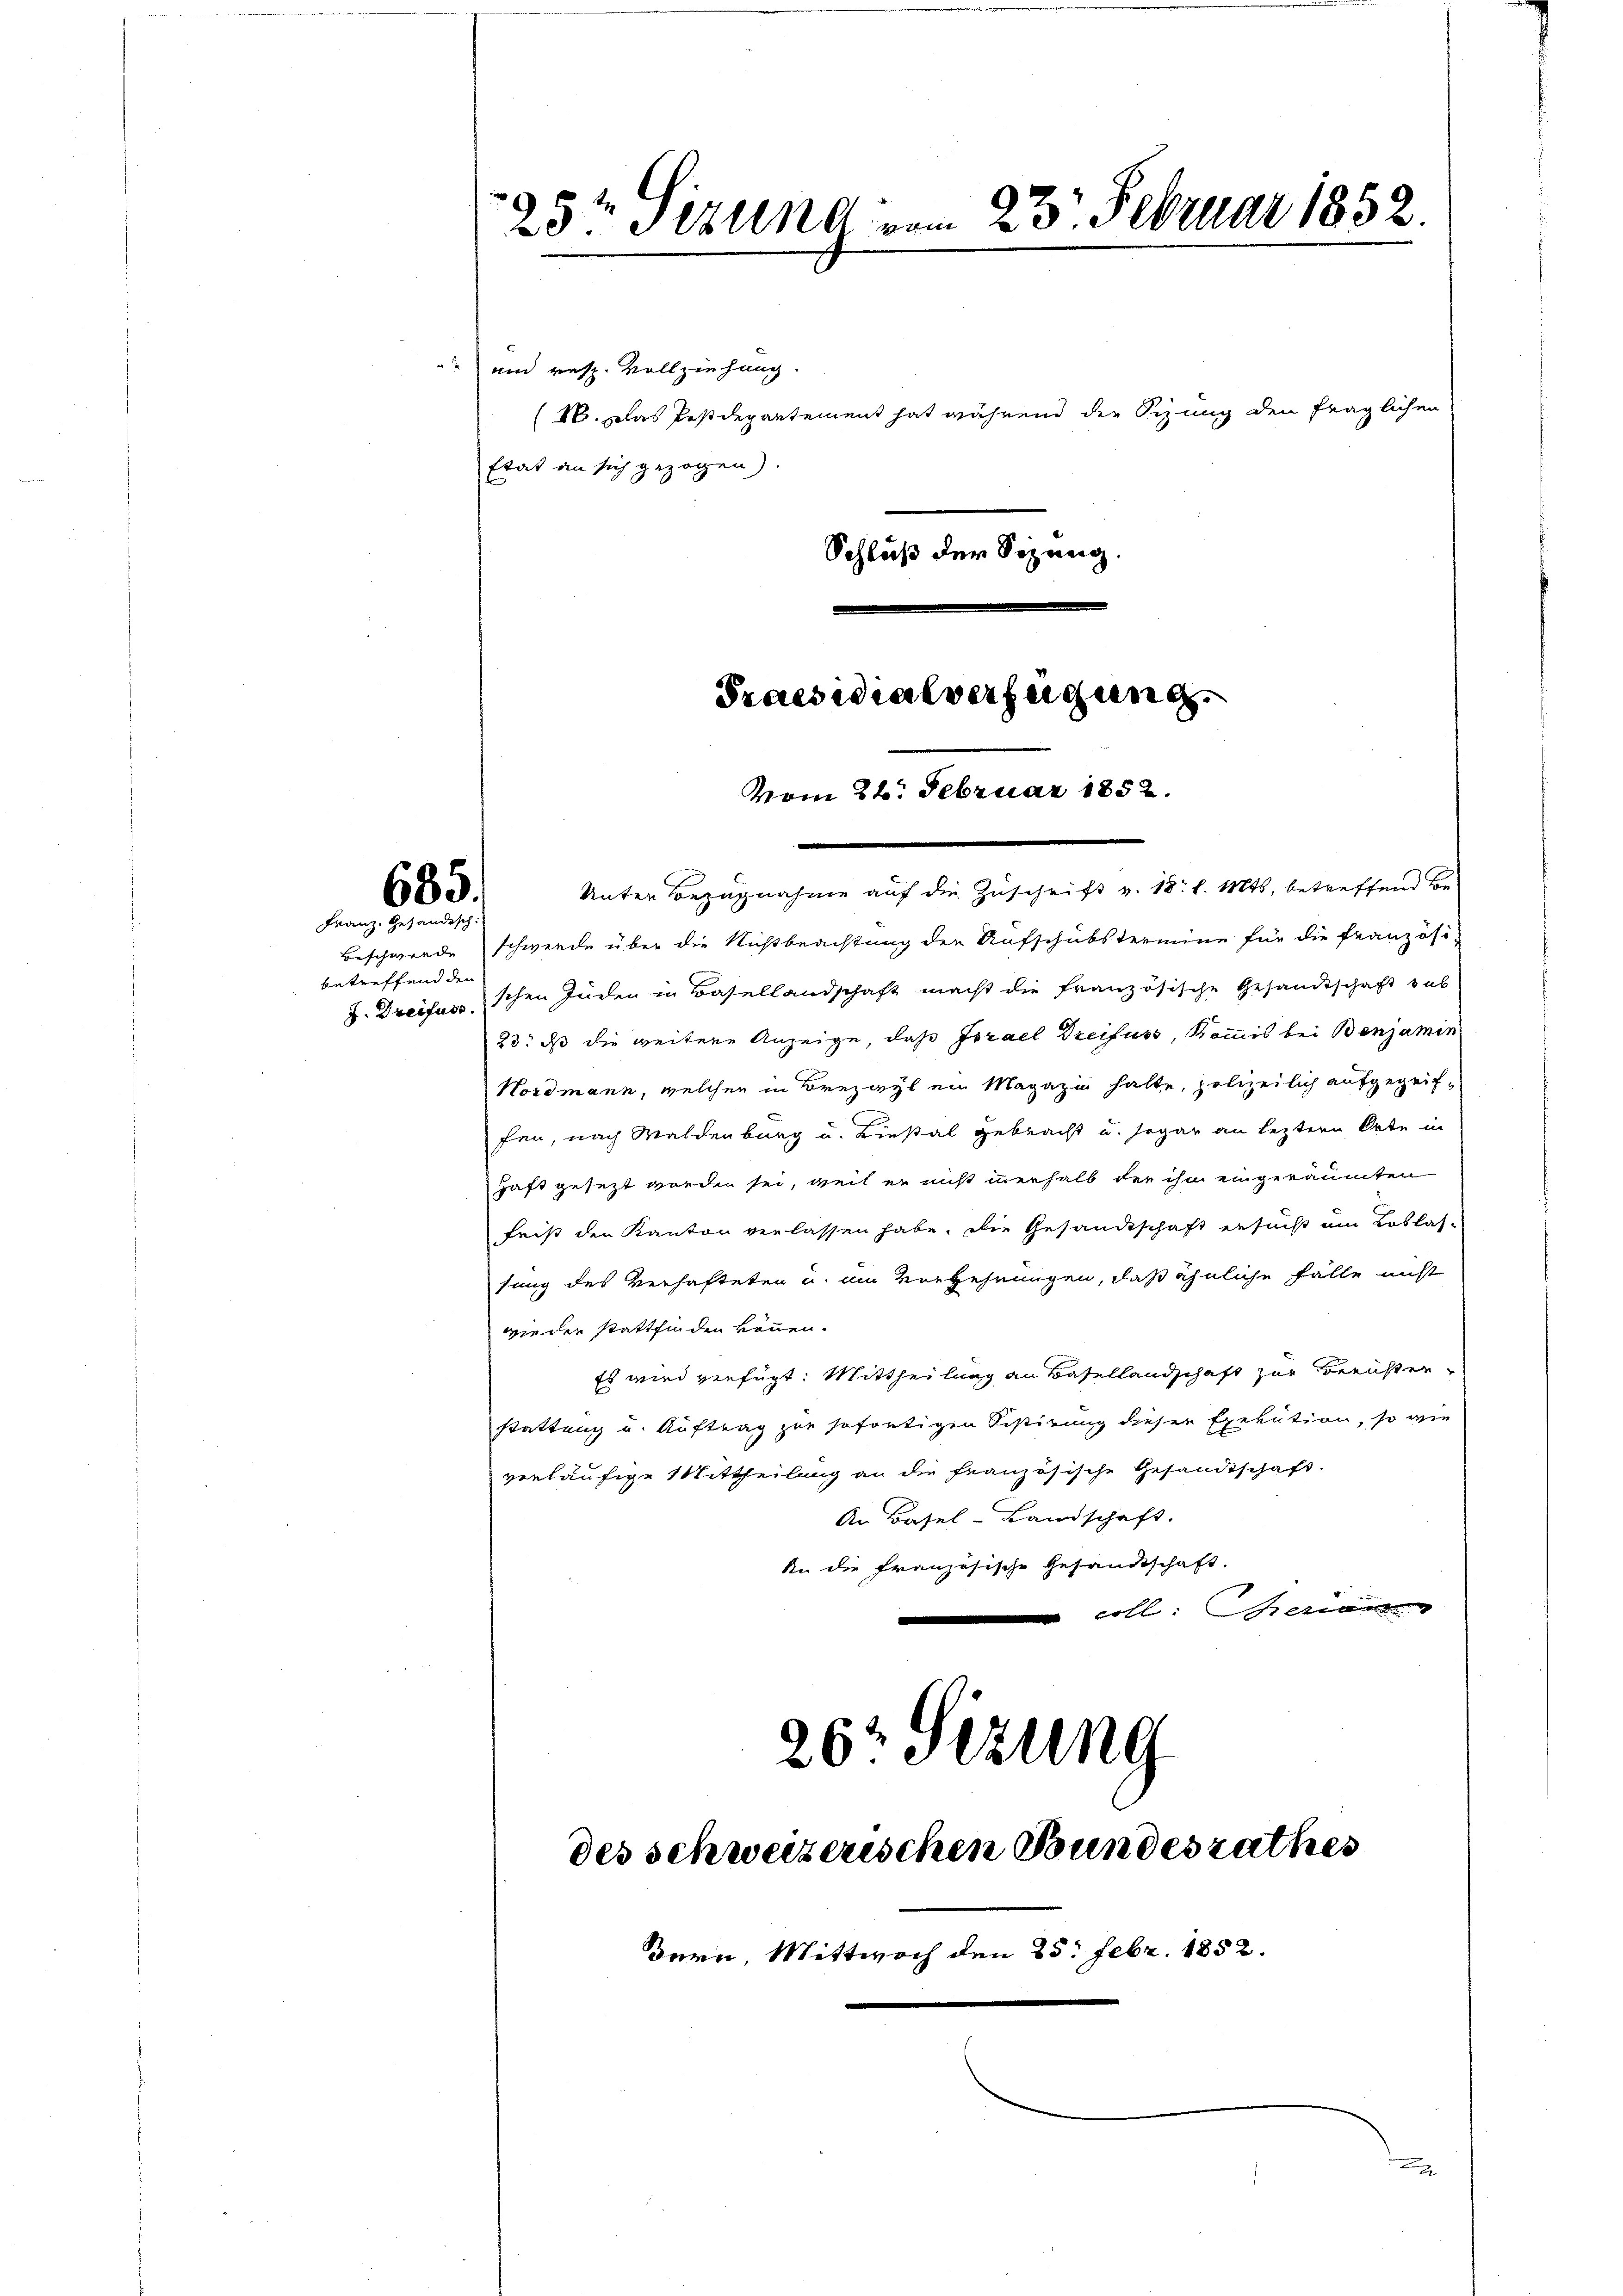
635.
Franz. Gesändisch.

betreffend den

" und resp. Vollziehung.
Etat an sich gezogen).

23t Sizung vom 23. Februar 1852.

(16. Das Postdepartement hat während der Sizung den fraglichen
Schluß der Sizang.
Praesidialverfügung.
vom 26. Februar 1852.

Unter Bezugnahme auf die Zuschrift v. 18. l. Mts. betreffend be
Beschwerde schwerde über die Nichtbeachtung der Aufschubstermine für die französi-
. Dreifusschen Juden in Basellandschaft macht die französische Gesandtschaft sub
23. ds die weitere Anzeige, daß Israel Dreifuss, Kommis bei Benjamin
Nordmann, welcher in Brezayl ein Magazin halte, polizeilich aufgegriffen, nach Waldenburg u. Liestal gebracht u. sogar an leztere Orte in
haft gesezt worden sei, weil er nicht merhalb der ihn eingeräumten
frist den Kanton verlassen habe. Die Gesandtschaft ersucht um Loslas-
sung des Verhafteten u. im Verzehrungen, daß ähnliche Fälle nicht
wieder stattfinden können.
Es wird verfügt: Mittheilung an Basellandschaft zur Bernster-
stattung u. Auftrag zur sofortigen Sistirung dieser Exekution, so wie
vorläufige Mittheilung an die französische Gesandtschaft.
An Basel-Landschaft.
An die Französische Gesandtschaft.
coll. Seien
26 Sezung

des schweizerischen Bundesrathes

Bern, Mittwoch den 25. Febr. 1852.